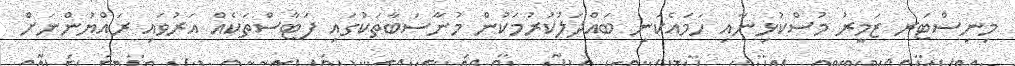
މިނިސްޓަރ ޒަމީރު މުސްކުޅިނާއި ހަމައެކަނި ބައްދަލުކުރުމަކުން މުނާސަބާތަކުގައި ފަޓާސްތަކެއް އަރުވައި ރައްޔަުންނަށް